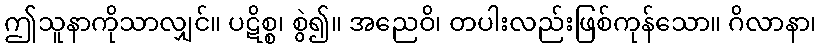
ဤသူနာကိုသာလျှင်။ ပဋိစ္စ၊ စွဲ၍။ အညေဝိ၊ တပါးလည်းဖြစ်ကုန်သော။ ဂိလာနာ၊